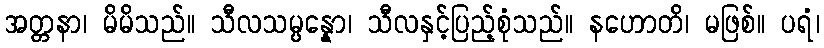
အတ္တနာ၊ မိမိသည်။ သီလသမ္ပန္နော၊ သီလနှင့်ပြည့်စုံသည်။ နဟောတိ၊ မဖြစ်။ ပရံ၊